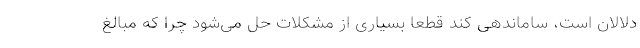
دلالان است، ساماندهی کند قطعاً بسیاری از مشکلات حل می‌شود چرا که مبالغ